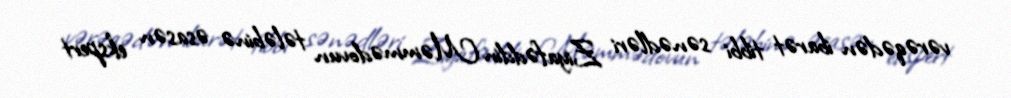
vərəqədən ibarət tibbi sənədləri Ziyafəddin Məmmədovun tələbinə əsasən ekspert